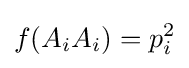
f(A_{i}A_{i})=p_{i}^{2}